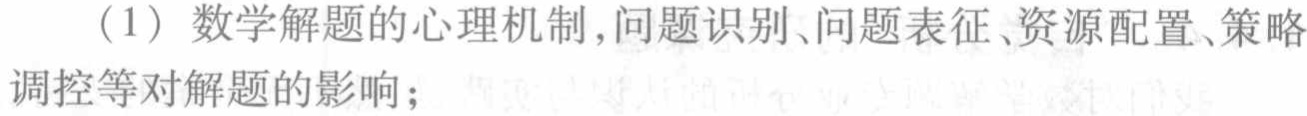
（1）数学解题的心理机制,问题识别、问题表征、资源配置、策略调控等对解题的影响；